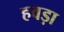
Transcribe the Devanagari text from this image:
हवड़ा